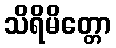
သိရိမိတ္တော